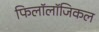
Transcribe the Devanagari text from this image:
फिलॉलॉजिकल